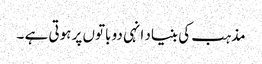
مذہب کی بنیاد انہی دو باتوں پر ہوتی ہے ۔